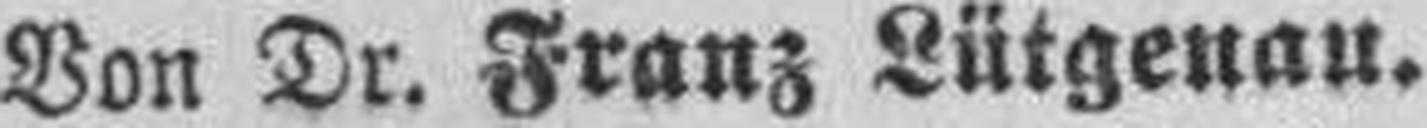
Von Dr. Franz Lütgenau.